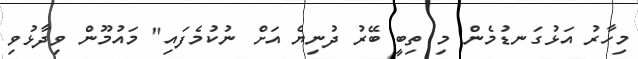
މިހާރު އަޅުގަނޑުމެން މި ތިބީ ބޭރު ދުނިޔެ އަށް ނުކުމެފައި" މައުމޫން ވިދާޅުވި